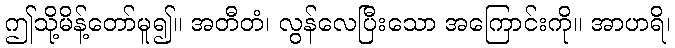
ဤသို့မိန့်တော်မူ၍။ အတီတံ၊ လွန်လေပြီးသော အကြောင်းကို။ အာဟရိ၊